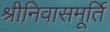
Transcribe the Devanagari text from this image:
श्रीनिवासमूर्ति